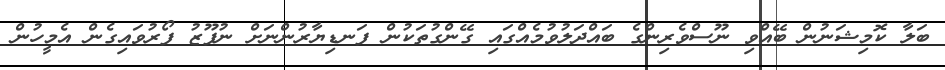
ބަލާ ކޮމިޝަނުން ބޭއްވި ނޫސްވެރިންގެ ބައްދަލުވުމެއްގައި ގޭންގުތަކުން ފަނޑިޔާރުންނަށް ނުފޫޒު ފޯރުވައިގެން އެމީހުން